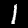
Digit: 1